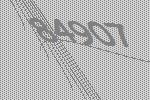
84907